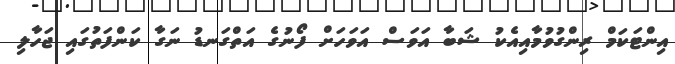
އިންޓަކަމް ރިންގުވުމާއިއެކު ޝަބާ އަވަސް އަވަހަށް ފޯނުގެ އަތްގަނޑު ނަގާ ކަންފަތުގައި ޖަހާލި